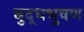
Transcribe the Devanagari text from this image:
बुद्धभुषण